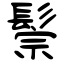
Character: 鬃